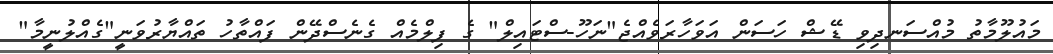
މައުލޫމާތު މުއްސަނދިވި ޑޭޝް ހަސަން އަވަހާރަވެއްޖެ"ނަހޫ-ސްޓައިލް" ގެ ފިލްމެއް ގެނެސްދޭން ފައްތާހު ތައްޔާރުވަނީ"ގެއްލުނީމާ"